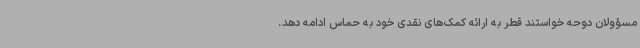
مسؤولان دوحه خواستند قطر به ارائه کمک‌های نقدی خود به حماس ادامه دهد.